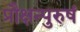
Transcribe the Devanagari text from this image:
प्रौक्षन्पुरुषं